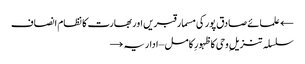
← علمائے صادق پور کی مسمار قبریں اور بھارت کا نظام انصاف
سلسلہ تنزیلِ وحی کا ظہورِ کامل – اداریہ →